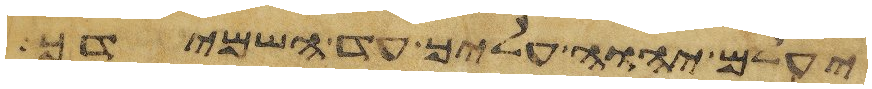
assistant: יעלם יהוה עליך עד השמידך